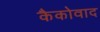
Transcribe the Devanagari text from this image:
कैकोवाद